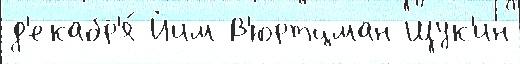
д'екабр'я́ Йим В'юртцман Щук'ин